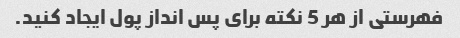
فهرستی از هر 5 نکته برای پس انداز پول ایجاد کنید.